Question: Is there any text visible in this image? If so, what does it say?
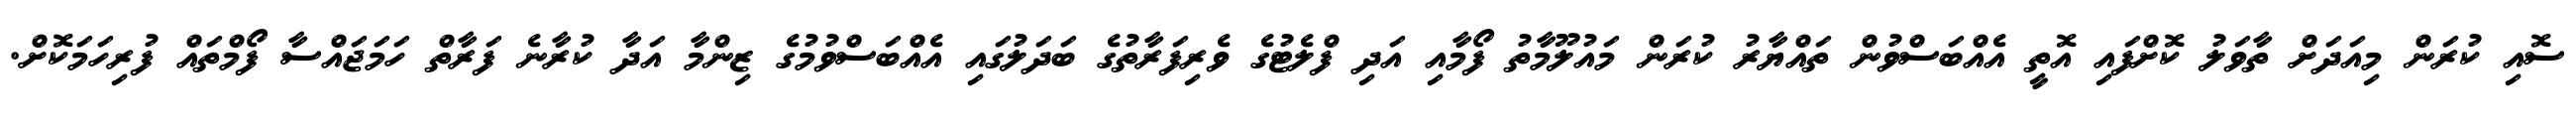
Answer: ސޮއި ކުރަން މިއަދަށް ތާވަލު ކޮށްފައި އޮތީ އެއްބަސްވުން ތައްޔާރު ކުރަން މައުލޫމާތު ފޯމާއި އަދި ފްލެޓުގެ ވެރިފަރާތުގެ ބަދަލުގައި އެއްބަސްވުމުގެ ޒިންމާ އަދާ ކުރާނެ ފަރާތް ހަމަޖައްސާ ފޯމްތައް ފުރިހަމަކޮށް.